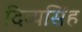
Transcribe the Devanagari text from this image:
दिव्यसिंह